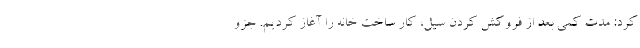
کرد: مدت کمی بعد از فروکش کردن سیل، کار ساخت خانه را آغاز کردیم. جزو